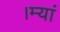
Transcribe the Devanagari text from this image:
।म्यां